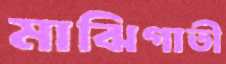
মাঝিগাতী